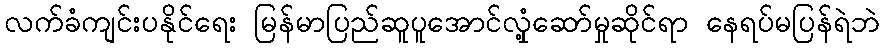
လက်ခံကျင်းပနိုင်ရေး မြန်မာပြည်ဆူပူအောင်လှုံ့ဆော်မှုဆိုင်ရာ နေရပ်မပြန်ရဲဘဲ